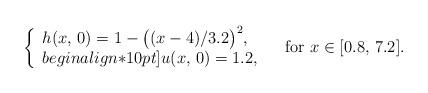
LaTeX: \begin{align*}\left\{\begin{array}{l}h(x,\,0)=1-\bigl((x-4)/3.2\bigr)^2,\\begin{align*}10pt]u(x,\,0)=1.2,\end{array}\right.\quad\hbox{for}~x\in[0.8,\,7.2].\end{align*}